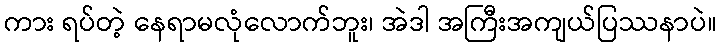
ကား ရပ်တဲ့ နေရာမလုံလောက်ဘူး၊ အဲဒါ အကြီးအကျယ်ပြဿနာပဲ။